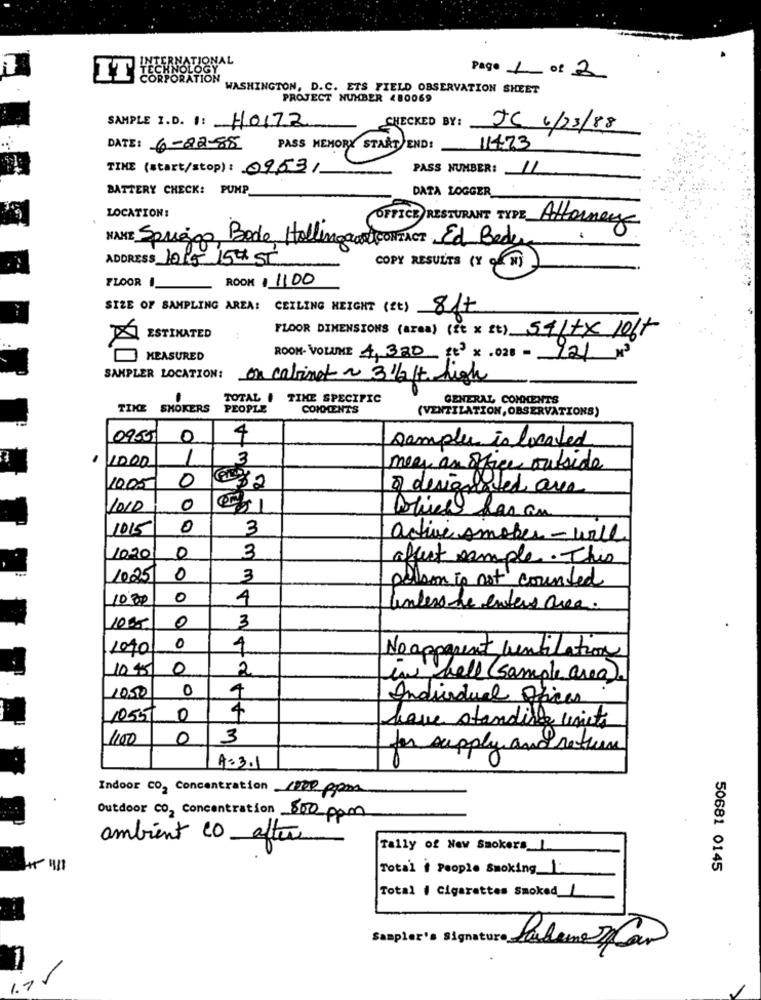
Page 1 of 2
IT
RPORATION
WASHINGTON, D.C. ETS FIELD OBSERVATION SHEET
PROJECT NUMBER 480069
SAMPLE I.D. : 4017Z
CHECKED BY:
JC 6/23/88
DATE: 6-82-88
PASS MEMORY START END:
11473
TIME (start/stop): 0953/
PASS NUMBER: //
BATTERY CHECK: PUMP
DATA LOGGER
LOCATION:
OFFICE RESTURANT TYPE Attorney
NAME Spriggo Bode Hollingaart CONTACT Ed Bede
ADDRESS JORG 154 ST
COPY RESULTS (Y of w)
ROOK$ 1100
FLOOR
SIZE OF SAMPLING AREA: CEILING HEIGHT (It) 817
FLOOR DIMENSIONS (area) (It x Et) 541tx loft
ESTIMATED
MEASURED
ROOM- VOLUME 4,320 te3 × .028 - 121 M3
SAMPLER LOCATION:
on cabinet ~ 3 1/2/t high
TOTAL I
TIME SPECIFIC
GENERAL COMMENTS
TIKE
SMOKERS
PEOPLE
COMDENTS
(VENTILATION, OBSERVATIONS)
09531
0
4
samples is located
1000
1
3
mery an office outside
0
10.05
a designated area
0
1015
0
3
active smoker- will
1020
0
3
affect sample. This
1025
0
3
person is not counted
1000
0
4
Unless de enters area.
3
1005
0
1090
0
4
No apparent ventilation
10.45
0
2
la bell (sample area).
0
4
1050
Individual Oficer
10557
0
4
have standing units
1400
0
3
for supply and return
A=3.1
Indoor CO2 Concentration 1200 ppm
Outdoor CO2 Concentration 800 ppm
ambient co after
Tally of New Smokers_
Total ( People Smoking_| ..
50681 0145
Total i Cigarettes Smoked_/
Stapler's signature Sabem 22Can
1.1